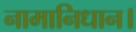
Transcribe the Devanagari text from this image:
नामानिधान।